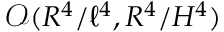
\mathcal { O } ( R ^ { 4 } / \ell ^ { 4 } , R ^ { 4 } / H ^ { 4 } )